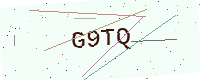
Text: G9TQ